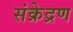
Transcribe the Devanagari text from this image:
संक्रेद्रण